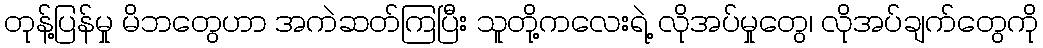
တုန့်ပြန်မှု မိဘတွေဟာ အကဲဆတ်ကြပြီး သူတို့ကလေးရဲ့ လိုအပ်မှုတွေ၊ လိုအပ်ချက်တွေကို